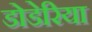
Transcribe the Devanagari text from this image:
डोडेरिया